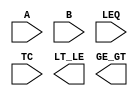
////////////////////////////////////////////////////////////////////////////////
//
//       This confidential and proprietary software may be used only
//     as authorized by a licensing agreement from Synopsys Inc.
//     In the event of publication, the following notice is applicable:
//
//                    (C) COPYRIGHT 1994 - 2018 SYNOPSYS INC.
//                           ALL RIGHTS RESERVED
//
//       The entire notice above must be reproduced on all authorized
//     copies.
//
//
// VERSION:   Simulation Architecture
//
// DesignWare_version: cefe811d
// DesignWare_release: O-2018.06-DWBB_201806.3
//
////////////////////////////////////////////////////////////////////////////////
//-----------------------------------------------------------------------------------
//
// ABSTRACT:  2-Function Comparator
//           When LEQ = 1   LT_LE: A =< B
//                          GE_GT: A > B
//           When LEQ = 0   LT_LE: A < B
//                          GE_GT: A >= B
//           When TC  = 0   Unsigned numbers
//           When TC  = 1   Two's - complement numbers
//
// MODIFIED: 
//           Sourabh        Dec. '98. 
//                          Added functionality for X/Z handling.
//   
//           RPH            07/17/2002 
//                          Rewrote to comply with the new guidelines   
//-------------------------------------------------------------------------------
module DW01_cmp2
  (A, B, LEQ, TC, LT_LE, GE_GT);

  parameter integer width = 8; 

  // port list declaration in order
  input [ width- 1: 0] A, B;
  input LEQ; // 1 => LEQ/GT 0=> LT/GEQ
  input TC; // 1 => 2's complement numbers
   
  output LT_LE;
  output GE_GT;

   // synopsys translate_off
    function is_less;
      parameter integer sign = width - 1;
      input [width-1 : 0] A, B;
      input 		  TC; //Flag of Signed
      reg 		  a_is_0, b_is_1, result ;
      integer 		  i;
      begin
	 if ( TC === 1'b0 ) begin  // unsigned numbers
	    result = 0;
	    for (i = 0; i <= sign; i = i + 1) begin
	       a_is_0 = A[i] === 1'b0;
	       b_is_1 = B[i] === 1'b1;
	       result = (a_is_0 & b_is_1) |
			(a_is_0 & result) |
			(b_is_1 & result);
	    end // loop
	 end else begin  // signed numbers
	    if ( A[sign] !== B[sign] ) begin
	       result = A[sign] === 1'b1;
	    end 
	    else begin
	       result = 0;
	       for (i = 0; i <= sign-1; i = i + 1) begin
		  a_is_0 = A[i] === 1'b0;
		  b_is_1 = B[i] === 1'b1;
		  result = (a_is_0 & b_is_1) |
			   (a_is_0 & result) |
			   (b_is_1 & result);
	       end // loop
	    end // if
	 end // if
	 is_less = result;
      end
   endfunction //
   
  //-------------------------------------------------------------------------
  // Parameter legality check
  //-------------------------------------------------------------------------    
    
 
  initial begin : parameter_check
    integer param_err_flg;

    param_err_flg = 0;
    
    
    if (width < 1) begin
      param_err_flg = 1;
      $display(
	"ERROR: %m :\n  Invalid value (%d) for parameter width (lower bound: 1)",
	width );
    end
    
    if ( param_err_flg == 1) begin
      $display(
        "%m :\n  Simulation aborted due to invalid parameter value(s)");
      $finish;
    end

  end // parameter_check 



  assign GE_GT = ( TC === 1'bx || LEQ === 1'bx || ((^A)^(^B)) === 1'bx ) ? 1'bx :
		 ( LEQ === 1'b1 ) ? (( is_less(A,B,TC) || A === B ) ? 1'b0 : 1'b1) :
		 (( is_less(B,A,TC) || A === B ) ? 1'b1 : 1'b0);
   
  assign LT_LE = ( TC === 1'bx || LEQ === 1'bx || ((^A)^(^B)) === 1'bx ) ? 1'bx :
		 ( LEQ === 1'b1 ) ? (( is_less(A,B,TC) || A === B ) ? 1'b1 : 1'b0) :
		 (( is_less(B,A,TC) || A === B ) ? 1'b0 : 1'b1); 
//synopsys translate_on
   
endmodule // sim;